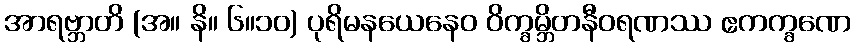
အာရဗ္ဘာတိ (အ။ နိ။ ၆။၁၀) ပုရိမနယေနေဝ ဝိက္ခမ္ဘိတနီဝရဏဿ ဧကက္ခဏေ